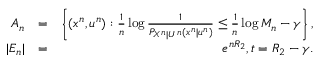
\begin{array} { r l r } { { \cal A } _ { n } } & { = } & { \left\{ ( x ^ { n } , u ^ { n } ) : { \textstyle \frac { 1 } { n } } \log { \textstyle \frac { 1 } { P _ { X ^ { n } | U ^ { n } } ( x ^ { n } | u ^ { n } ) } } \le { \textstyle \frac { 1 } { n } } \log M _ { n } - \gamma \right\} , } \\ { | { \cal E } _ { n } | } & { = } & { e ^ { n R _ { 2 } } , t = R _ { 2 } - \gamma . } \end{array}